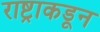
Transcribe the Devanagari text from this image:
राष्ट्राकडून